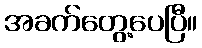
အခက်တွေ့ပေပြီ။